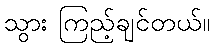
သွား ကြည့်ချင်တယ်။